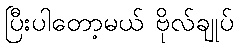
ပြီးပါတော့မယ် ဗိုလ်ချုပ်